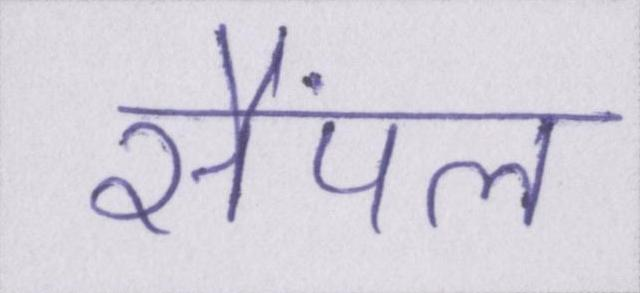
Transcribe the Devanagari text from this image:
सैंपल